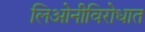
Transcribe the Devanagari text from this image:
लिओनीविरोधात